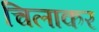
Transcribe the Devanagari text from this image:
चिलाकर